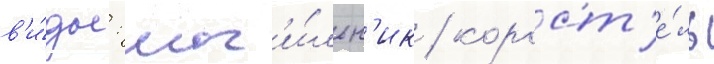
в'и́ды: мог'и́льн'ик / корост'е́ль